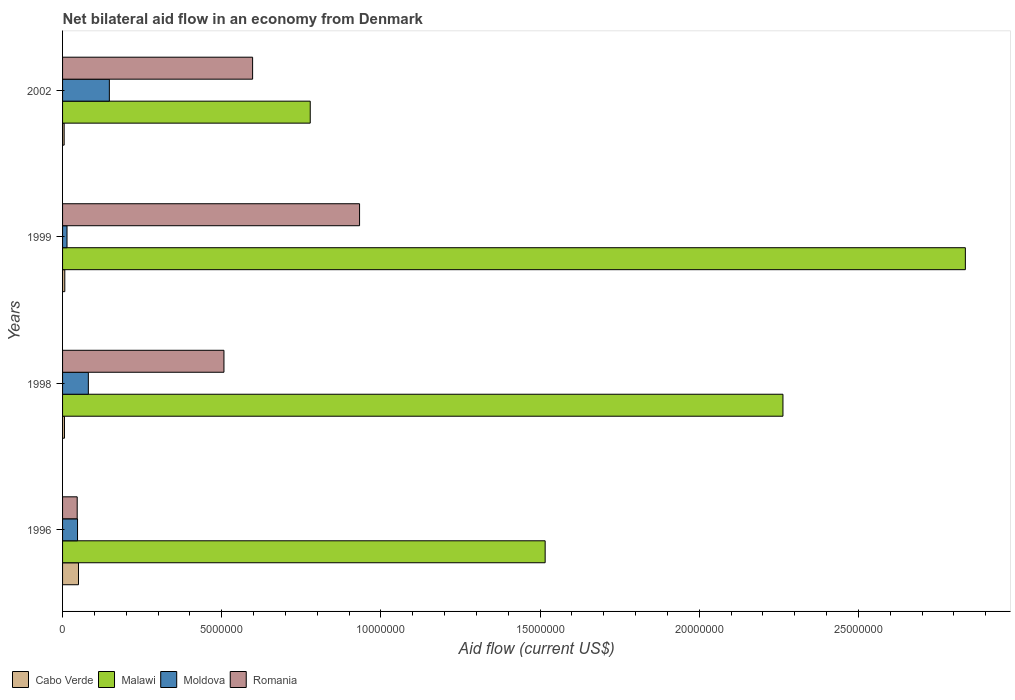
| Years | Cabo Verde | Malawi | Moldova | Romania |
 | --- | --- | --- | --- | --- |
 | 1996 | 5e+05 | 1.52e+07 | 4.7e+05 | 4.6e+05 |
 | 1998 | 6e+04 | 2.26e+07 | 8.1e+05 | 5.07e+06 |
 | 1999 | 7e+04 | 2.84e+07 | 1.4e+05 | 9.33e+06 |
 | 2002 | 5e+04 | 7.78e+06 | 1.47e+06 | 5.97e+06 |